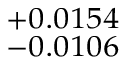
^ { + 0 . 0 1 5 4 } _ { - 0 . 0 1 0 6 }